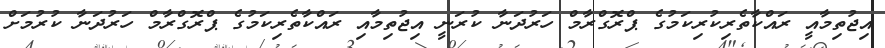
އިޖުތިމާއީ ރައްކާތެރިކުރިކަމުގެ ޕްރޮގްރާމް ހަރުދަނާ ކުރަނީ އިޖުތިމާއި ރައްކާތެރިކަމުގެ ޕްރޮގްރާމް ހަރުދަނާ ކުރުމަށް